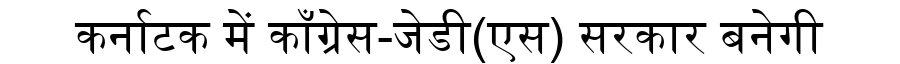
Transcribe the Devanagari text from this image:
कर्नाटक में काँग्रेस-जेडी(एस) सरकार बनेगी